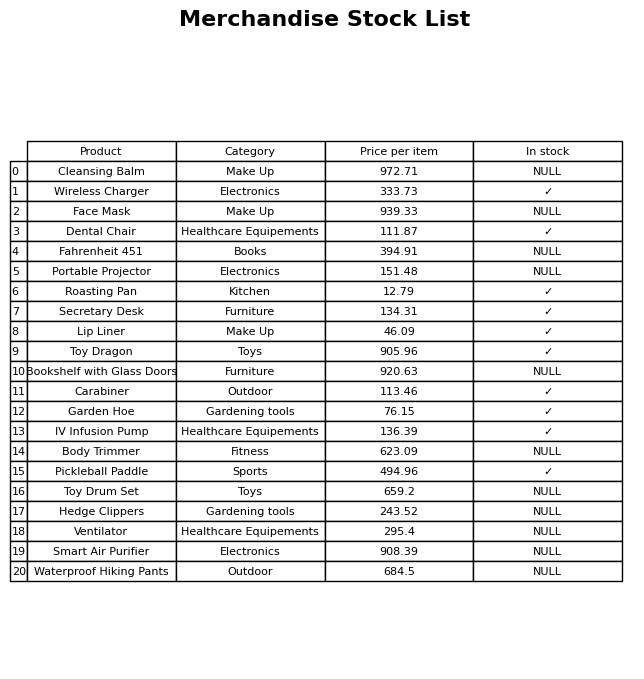
question: What is the stock status of the Roasting Pan?
answer: ✓